Document type: Endowment
Year: 1330
Scribe: Arnau [Delpàs]
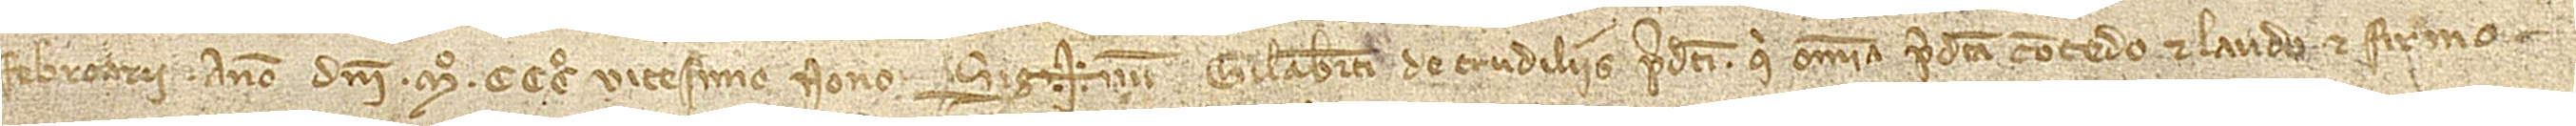
febroarii, anno Domini Mº CCCº vicesimo nono. Sig+num Gilaberti de Crudiliis predicti, qui omnia predicta concedo et laudo et firmo.